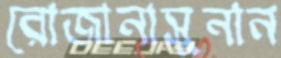
রোজানাসুনান